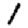
Digit: 1